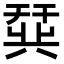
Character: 𫷛